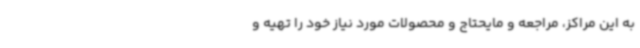
به این مراکز، مراجعه و مایحتاج و محصولات مورد نیاز خود را تهیه و